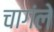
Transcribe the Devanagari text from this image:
चागंले